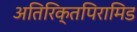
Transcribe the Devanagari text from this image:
अतिरिक्तपिरामिड